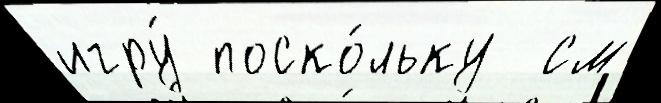
игру́ поско́льку  см